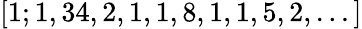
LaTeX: [1;1,34,2,1,1,8,1,1,5,2,...]